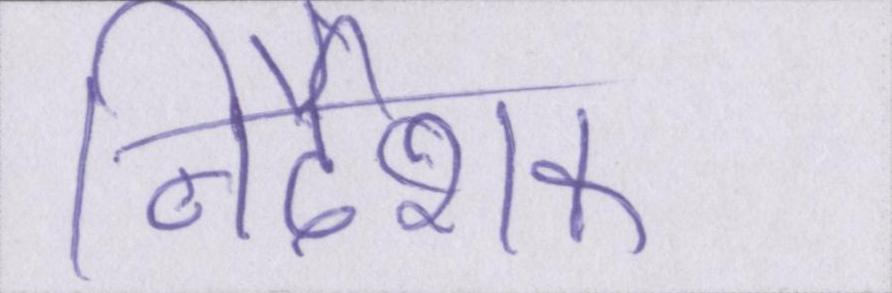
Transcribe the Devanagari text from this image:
निर्देशक